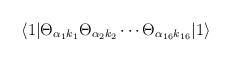
LaTeX: \begin{align*}\langle1|\Theta_{\alpha_1 k_1}\Theta_{\alpha_2 k_2} \cdots\Theta_{\alpha_{16}k_{16}} |1\rangle\end{align*}